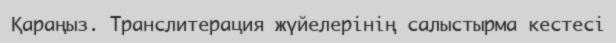
Қараңыз. Транслитерация жүйелерінің салыстырма кестесі